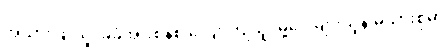
အသားဖြူသူ၊ ခုခံအားစနစ် လျော့ကျသူ၊ မှဲ့ပေါများသူနဲ့ မိသားစုမှာ